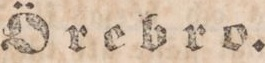
Örebro.